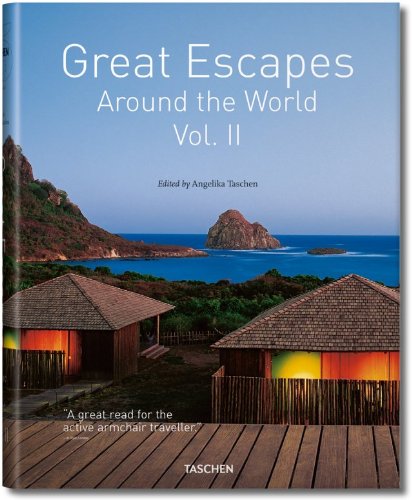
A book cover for Great Escapes Around the World Vol. 2; Travel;